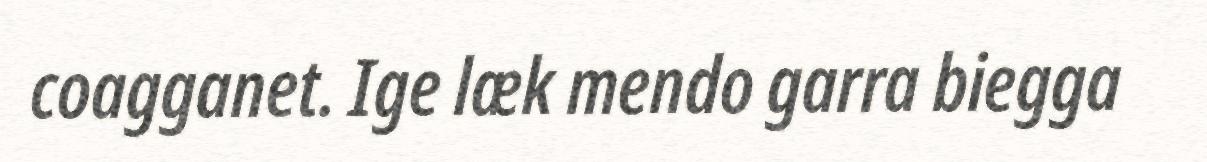
coagganet. Ige læk mendo garra biegga